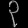
Digit: ၃